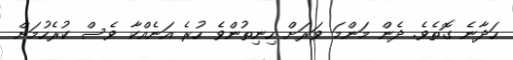
ހަދާނެ ގޮތެވެ. ދެން މަންމަ ވަރަށް ހިނިތުންވެ ހުރެ އަނެއްކާ ވެސް ކުރެހުމަށް